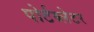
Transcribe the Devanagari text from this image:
पोर्टब्लेटर